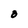
Character: 0